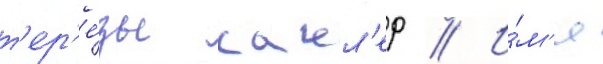
т'ер'е́зы сакл'ер // И́м'я